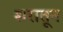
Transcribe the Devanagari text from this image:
शरातून